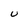
Character: u